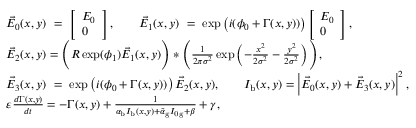
\begin{array} { l } { \vec { E } _ { 0 } ( x , y ) ~ = ~ \left[ \begin{array} { l } { E _ { 0 } } \\ { 0 } \end{array} \right] , \quad \quad \vec { E } _ { 1 } ( x , y ) ~ = ~ \exp \left( i ( \phi _ { 0 } + \Gamma ( x , y ) ) \right) \left[ \begin{array} { l } { E _ { 0 } } \\ { 0 } \end{array} \right] , } \\ { \vec { E } _ { 2 } ( x , y ) = \Bigg ( R \exp ( \phi _ { 1 } ) \vec { E } _ { 1 } ( x , y ) \Bigg ) \ast \Bigg ( \frac { 1 } { 2 \pi \sigma ^ { 2 } } \exp \left( - \frac { x ^ { 2 } } { 2 \sigma ^ { 2 } } - \frac { y ^ { 2 } } { 2 \sigma ^ { 2 } } \right) \Bigg ) , } \\ { \vec { E } _ { 3 } ( x , y ) ~ = ~ \exp \left( i ( \phi _ { 0 } + \Gamma ( x , y ) ) \right) \vec { E } _ { 2 } ( x , y ) , \quad \quad I _ { \mathrm { b } } ( x , y ) = \left| \vec { E } _ { 0 } ( x , y ) + \vec { E } _ { 3 } ( x , y ) \right| ^ { 2 } , } \\ { \varepsilon \frac { d \Gamma ( x , y ) } { d t } = - \Gamma ( x , y ) + \frac { 1 } { \alpha _ { \mathrm { b } } I _ { \mathrm { b } } ( x , y ) + \tilde { \alpha } _ { \mathrm { g } } I _ { \mathrm { 0 g } } + \beta } + \gamma , } \end{array}